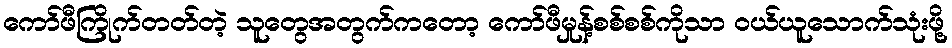
ကော်ဖီကြိုက်တတ်တဲ့ သူတွေအတွက်ကတော့ ကော်ဖီမှုန့်စစ်စစ်ကိုသာ ဝယ်ယူသောက်သုံးဖို့